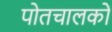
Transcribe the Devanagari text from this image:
पोतचालकों